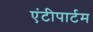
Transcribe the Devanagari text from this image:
एंटीपार्टम